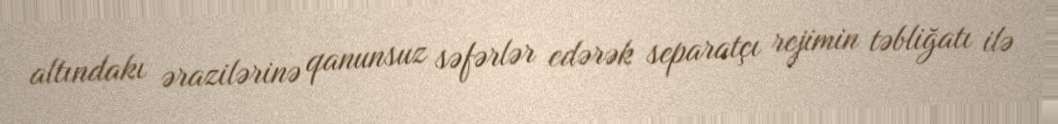
altındakı ərazilərinə qanunsuz səfərlər edərək separatçı rejimin təbliğatı ilə